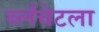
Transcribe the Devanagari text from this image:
ब्लँचेटला